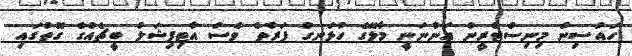
ހައުސިން މިނިސްޓްރީން އަންނަނީ މާލޭގެ ހުޅަނގު ފަރާތް ވެސް އާޓިފިޝަލް ބީޗެއްގެ ގޮތުގައި